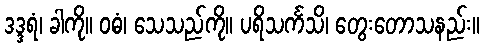
ဒဒ္ဒရံ၊ ခါကို။ ဝဓံ၊ သေသည်ကို။ ပရိသင်္ကသိ၊ တွေးတောသနည်း။